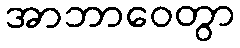
အာဘာဝေတွာ